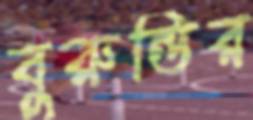
বুরুন্ডির